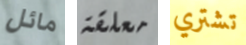
مائل معلقة تشتري